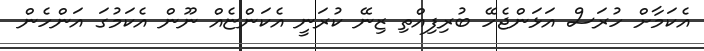
އެކަމާށް ހުރަސް އަޅަންޖެހޭ ބުރިފިއްތި ޒިނޭ ކުރަނީ އެކަންޏެއް ނޫން އެކަމުގަ އަންހެން